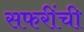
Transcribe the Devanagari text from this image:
सफरींची